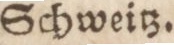
Schweitz.